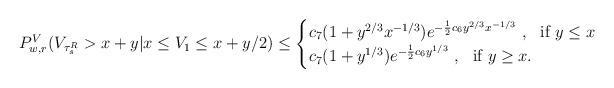
LaTeX: \begin{align*}P_{w,r}^V&(V_{\tau_s^R} > x + y| x \leq V_1 \leq x + y/2) \leq\begin{cases}c_7(1 + y^{2/3}x^{-1/3}) e^{-\frac{1}{2} c_6 y^{2/3} x^{-1/3}} ~,~ \mbox{ if } y \leq x \\c_7(1 + y^{1/3}) e^{-\frac{1}{2} c_6 y^{1/3}} ~,~ \mbox{ if } y \geq x.\end{cases}\end{align*}